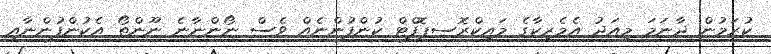
ކުރަމުން ދާނަމަ މިއަދު އެމެރިކާގެ މައިކްރޮސޕޮފްޓް ކުންފުންނެއް ވެސް ނޯންނާނެ ނޫންތޯ އެކުންފުންނާއި